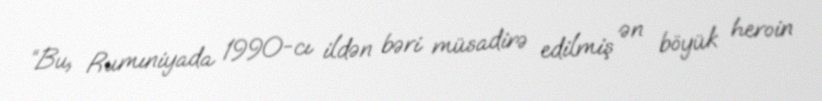
“Bu, Rumıniyada 1990-cı ildən bəri müsadirə edilmiş ən böyük heroin